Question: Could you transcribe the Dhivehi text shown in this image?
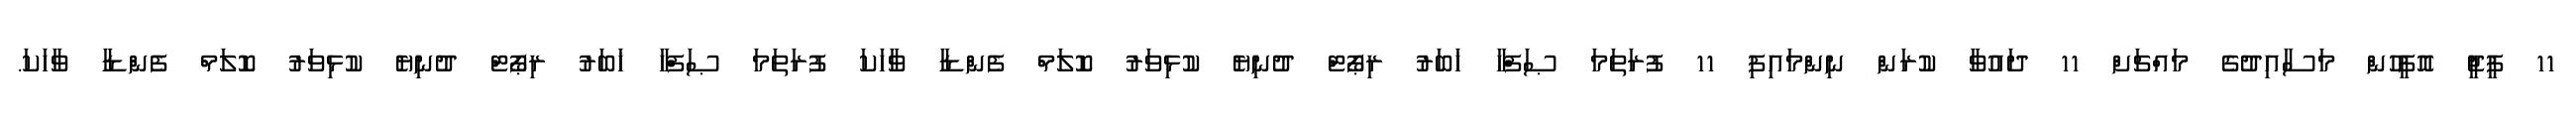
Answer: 11 ޕީޖީ އޮފީހުން މަސާއިދުގެ މައްޗަށް 11 ދައުވާ ކުރަން ނިންމައިފި 11 ފުރަތަމަ ޞަފްހާ ޚަބަރު ރިޕޯޓް ދުނިޔެ ކުޅިވަރު ކޮލަމް ފެންޑާ ވާހަކަ ފުރަތަމަ ޞަފްހާ ޚަބަރު ރިޕޯޓް ދުނިޔެ ކުޅިވަރު ކޮލަމް ފެންޑާ ވާހަކަ.